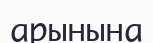
арынына